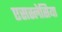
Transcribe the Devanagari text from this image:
एसस्लेसिया